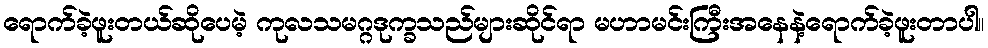
ရောက်ခဲ့ဖူးတယ်ဆိုပေမဲ့ ကုလသမဂ္ဂဒုက္ခသည်များဆိုင်ရာ မဟာမင်းကြီးအနေနဲ့ရောက်ခဲ့ဖူးတာပါ။